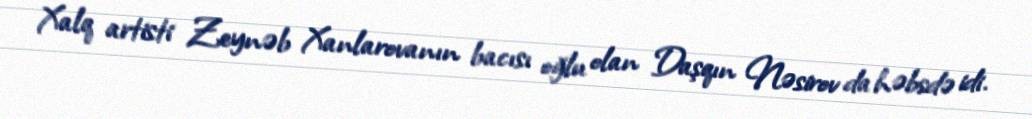
Xalq artisti Zeynəb Xanlarovanın bacısı oğlu olan Daşqın Nəsirov da həbsdə idi.